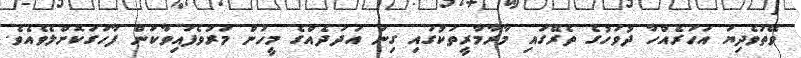
ވޭތުވެދިޔަ އަހަރެއްހާ ދުވަހުގެ ތެރޭގައި މާރާމާރީތަކުގައި ގިނަ އަދަދެއްގެ މީހުން މަރުވެފައިވާކަން ފާހަގަކޮށްލެވެއެވެ.